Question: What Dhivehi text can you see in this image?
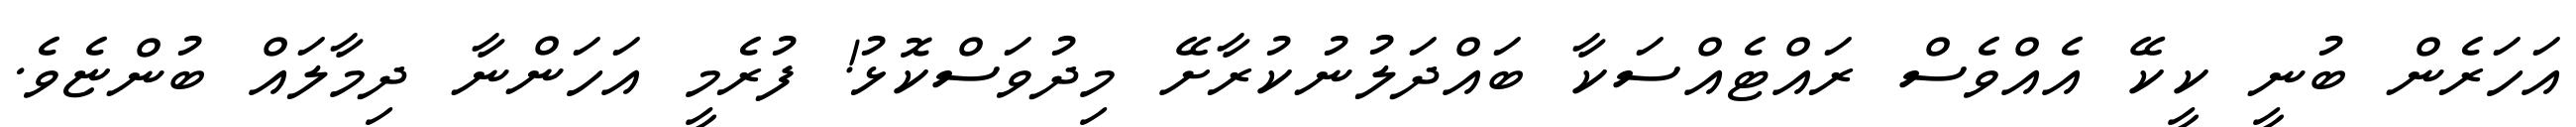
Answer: އަހަރެން ބުނީ ކީކޭ އެއްވެސް ރައްޓެއްސަކާ ބައްދަލުނުކުރާށޭ މިދުވަސްކޮޅު! ފުރެމީ އަހަންނާ ދިމާލައް ބުންޏެވެ.